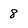
Character: 8